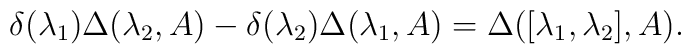
\delta(\lambda_{1})\Delta(\lambda_{2},A)-\delta(\lambda_{2})\Delta(\lambda_{1},A)=\Delta([\lambda_{1},\lambda_{2}],A).